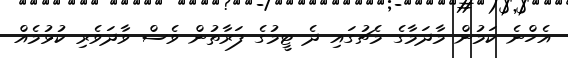
އެހްނެ ކަމުން މާދަމާގެ މެޗުގައި ދެ ޓީމުގެ ފަރާތުން ވެސް ވާދަވެރި ކުޅުމެއް